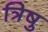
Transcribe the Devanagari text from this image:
त्रिषु